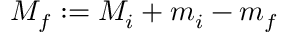
M _ { f } : = M _ { i } + m _ { i } - m _ { f }